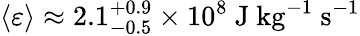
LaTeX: \left\langle\varepsilon\right\rangle\approx 2.1_{-0.5}^{+0.9}\times 10^{8}~\mathrm{J}~\mathrm{kg}^{-1}~\mathrm{s}^{-1}